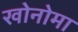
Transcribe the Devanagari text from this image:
खोनोमा